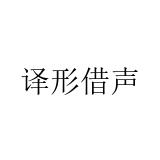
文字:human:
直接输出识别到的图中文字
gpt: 译形借声